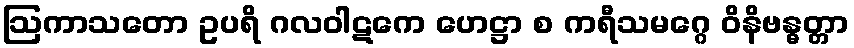
ဩကာသတော ဥပရိ ဂလဝါဋကေ ဟေဋ္ဌာ စ ကရီသမဂ္ဂေ ဝိနိဗန္ဓတ္တာ